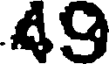
A9